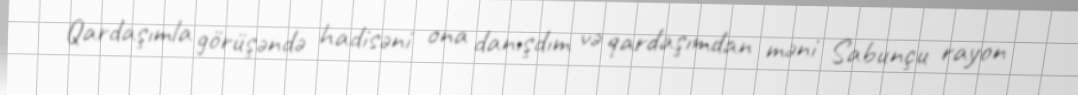
Qardaşımla görüşəndə hadisəni ona danışdım və qardaşımdan məni Sabunçu rayon